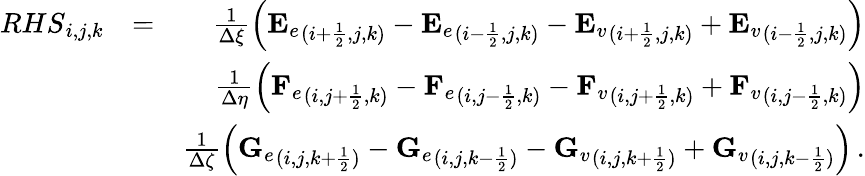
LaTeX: \begin{array}{rlr}{{RHS}_{i,j,k}}&{=}&{\frac{1}{\Delta\xi}\left({\mathbf{E}_{e}}_{(i+\frac{1}{2},j,k)}-{\mathbf{E}_{e}}_{(i-\frac{1}{2},j,k)}-{\mathbf{E}_{v}}_{(i+\frac{1}{2},j,k)}+{\mathbf{E}_{v}}_{(i-\frac{1}{2},j,k)}\right)}\\ &{}&{\frac{1}{\Delta\eta}\left({\mathbf{F}_{e}}_{(i,j+\frac{1}{2},k)}-{\mathbf{F}_{e}}_{(i,j-\frac{1}{2},k)}-{\mathbf{F}_{v}}_{(i,j+\frac{1}{2},k)}+{\mathbf{F}_{v}}_{(i,j-\frac{1}{2},k)}\right)}\\ &{}&{\frac{1}{\Delta\zeta}\left({\mathbf{G}_{e}}_{(i,j,k+\frac{1}{2})}-{\mathbf{G}_{e}}_{(i,j,k-\frac{1}{2})}-{\mathbf{G}_{v}}_{(i,j,k+\frac{1}{2})}+{\mathbf{G}_{v}}_{(i,j,k-\frac{1}{2})}\right)\, \mathrm{.}}\end{array}